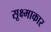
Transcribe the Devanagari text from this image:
सूक्ष्माकार